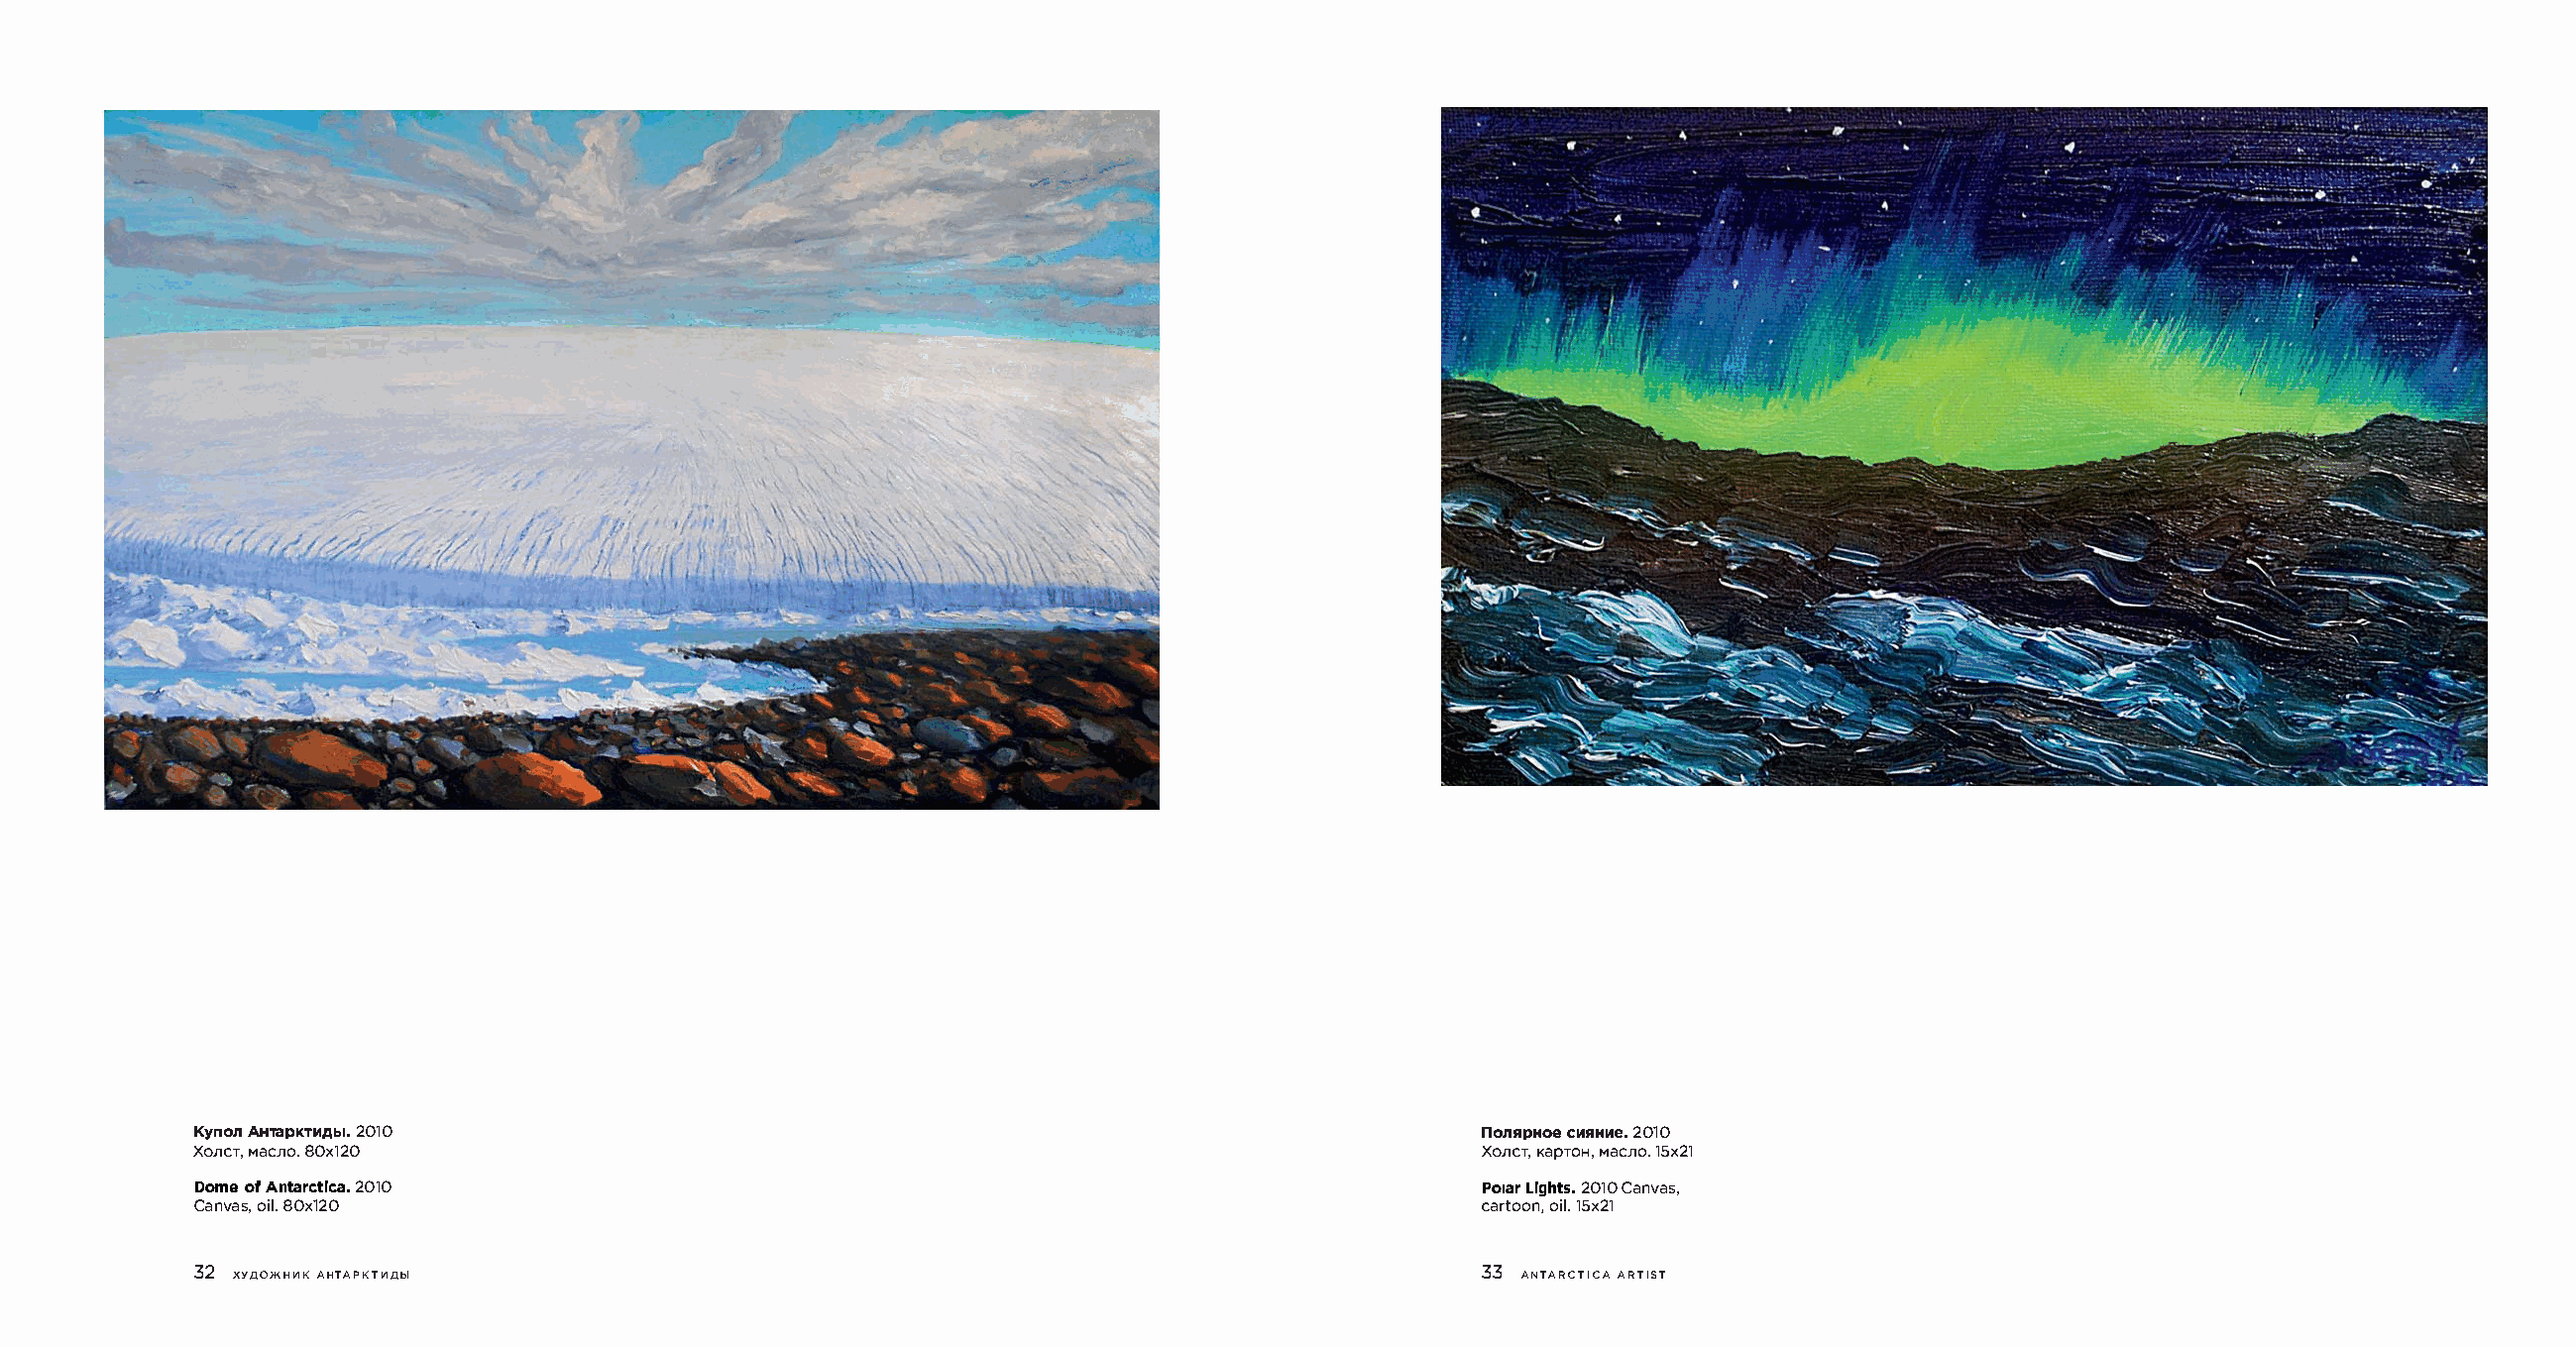
KynoAHnT apKTM2,q0b1l0.                                                               nonRPHCOMeR H2M0810.
 XoncMTa,e n80ox.1 20                                                                  XonCKTpa,T OMHa,e n1o5.x 21
 Dome of Ant2a0rc1t0i ca.                                                              PolaLirg ht2s0. 10 Canvas,
 Canvaso,i 8l0x.12 0                                                                   cartoooi1nl5,.x 21
 32 XYAO>KHHK AHTAPKTHAbl                                                              33 ANTARCTICAA RTIST